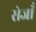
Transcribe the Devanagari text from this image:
सेजाँ